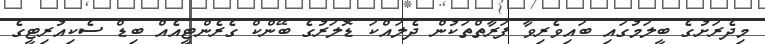
މިދެރަށުގެ ބީލަމުގައި ބައިވެރިވާ ފަރާތްތަކުން ދެލައްކަ ޑޮލަރުގެ ބޭންކް ގެރެންޓީއެއް ބިޑް ސެކިއުރިޓީގެ